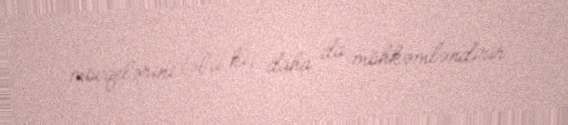
mövqelərini təbii ki, daha da möhkəmləndirir.